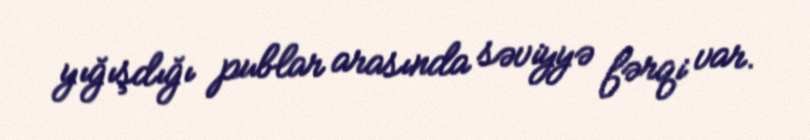
yığışdığı publar arasında səviyyə fərqi var.